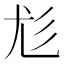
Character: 尨